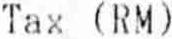
TAX (RM)